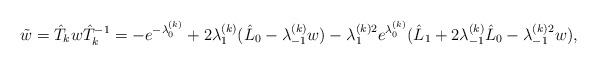
LaTeX: \begin{align*}\tilde w={\hat T_k} w {\hat T_k}^{-1}= -e^{-\lambda_0^{(k)}}+2\lambda_1^{(k)}(\hat L_0-\lambda_{-1}^{(k)}w) -\lambda_1^{(k)2}e^{\lambda_0^{(k)}}(\hat L_1+2\lambda_{-1}^{(k)} \hat L_0-{\lambda_{-1}^{(k)2}}w), \end{align*}